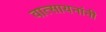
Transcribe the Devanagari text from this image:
वात्सायनांनी